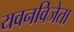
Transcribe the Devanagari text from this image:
यवनविजेता